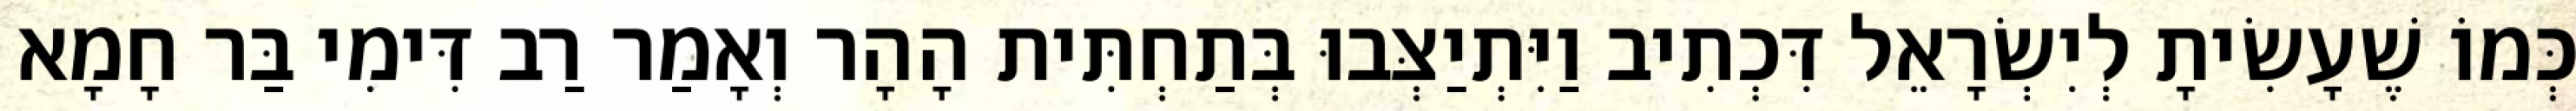
כְּמוֹ שֶׁעָשִׂיתָ לְיִשְׂרָאֵל דִּכְתִיב וַיִּתְיַצְּבוּ בְּתַחְתִּית הָהָר וְאָמַר רַב דִּימִי בַּר חָמָא